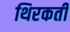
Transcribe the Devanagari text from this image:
थिरकतीं